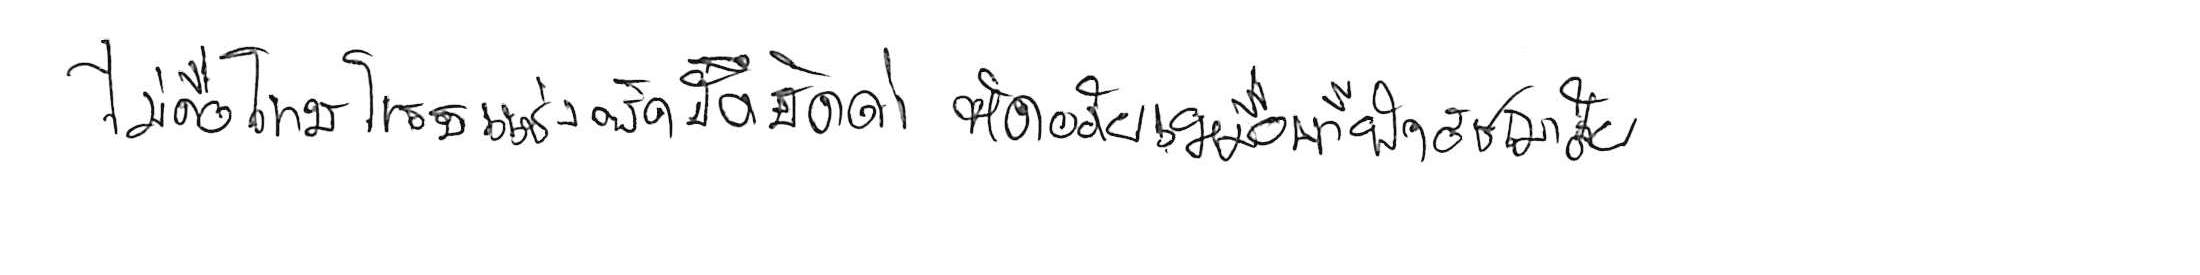
ไม่ถือโทษโกรธแช่งซัดฮึดฮัดด่า หัดอภัยเหมือนกีฬาอัชฌาสัย